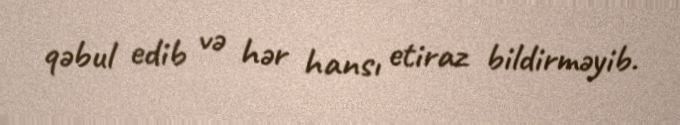
qəbul edib və hər hansı etiraz bildirməyib.